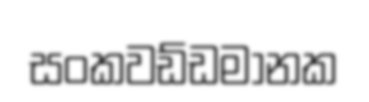
සංකවඩ්ඩමානක